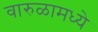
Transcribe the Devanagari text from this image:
वारुळामध्ये